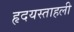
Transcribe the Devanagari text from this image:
हृदयस्ताहली